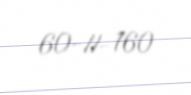
60-II-160